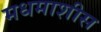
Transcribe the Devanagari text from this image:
मधमाशीस